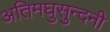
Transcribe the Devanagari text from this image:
अतिमघुसुन्दनी